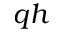
q h